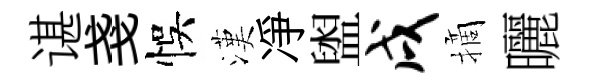
谌戔悞漢凈盥戌摘曬